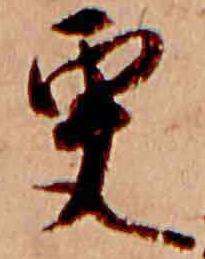
更